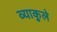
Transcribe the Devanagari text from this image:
व्याकुले